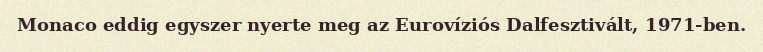
Monaco eddig egyszer nyerte meg az Eurovíziós Dalfesztivált, 1971-ben.